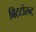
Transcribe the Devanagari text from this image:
बिटटोरन्ट